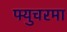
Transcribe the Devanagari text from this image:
फ्युचरमा